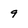
Character: 9